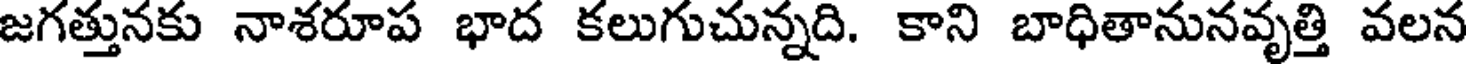
జగత్తునకు నాశరూప భాద కలుగుచున్నది. కాని బాధితానునవృత్తి వలన